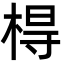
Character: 棏